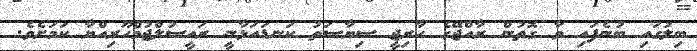
ބިލުގައި ބުނެފައި ވާ ގޮތުން ރާއްޖޭގެ ހާރިޖީ ސިޔާސަތު ކަނޑައަޅާނީ ރައީސުލްޖުމްހޫރިއްޔާ ކަމަށެވެ.